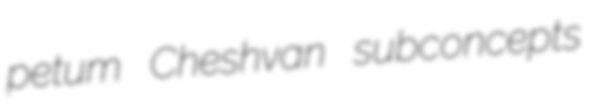
petum Cheshvan subconcepts